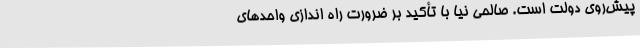
پیش‌روی دولت است. صالحی نیا با تأکید بر ضرورت راه اندازی واحدهای